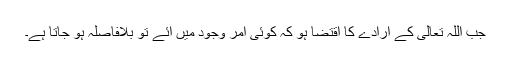
جب اللہ تعالیٰ کے ارادے کا اقتضا ہو کہ کوئی امر وجود میں آئے تو بلافاصلہ ہو جاتا ہے۔